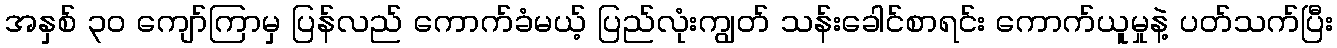
အနှစ် ၃၀ ကျော်ကြာမှ ပြန်လည် ကောက်ခံမယ့် ပြည်လုံးကျွတ် သန်းခေါင်စာရင်း ကောက်ယူမှုနဲ့ ပတ်သက်ပြီး